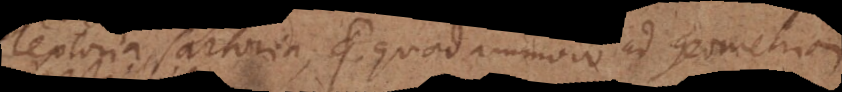
textoria, sartoria, quae quodammodo ad Geometriam